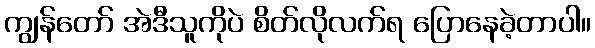
ကျွန်တော် အဲဒီသူကိုပဲ စိတ်လိုလက်ရ ပြောနေခဲ့တာပါ။